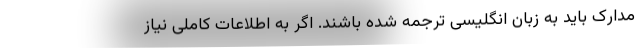
مدارک باید به زبان انگلیسی ترجمه شده باشند. اگر به اطلاعات کاملی نیاز